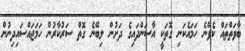
ބާވަތްތައް ކެވޭނެ ހަމައެކަނި ގޮތަކީ އާސަންދައިގެ ދަށުން ލިބޭނެ ގޮތް ސަރުކާރުން ހަމަޖައްސައިދިނުން